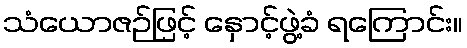
သံယောဇဉ်ဖြင့် နှောင့်ဖွဲ့ခံ ရကြောင်း။